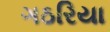
ગઠરિયા